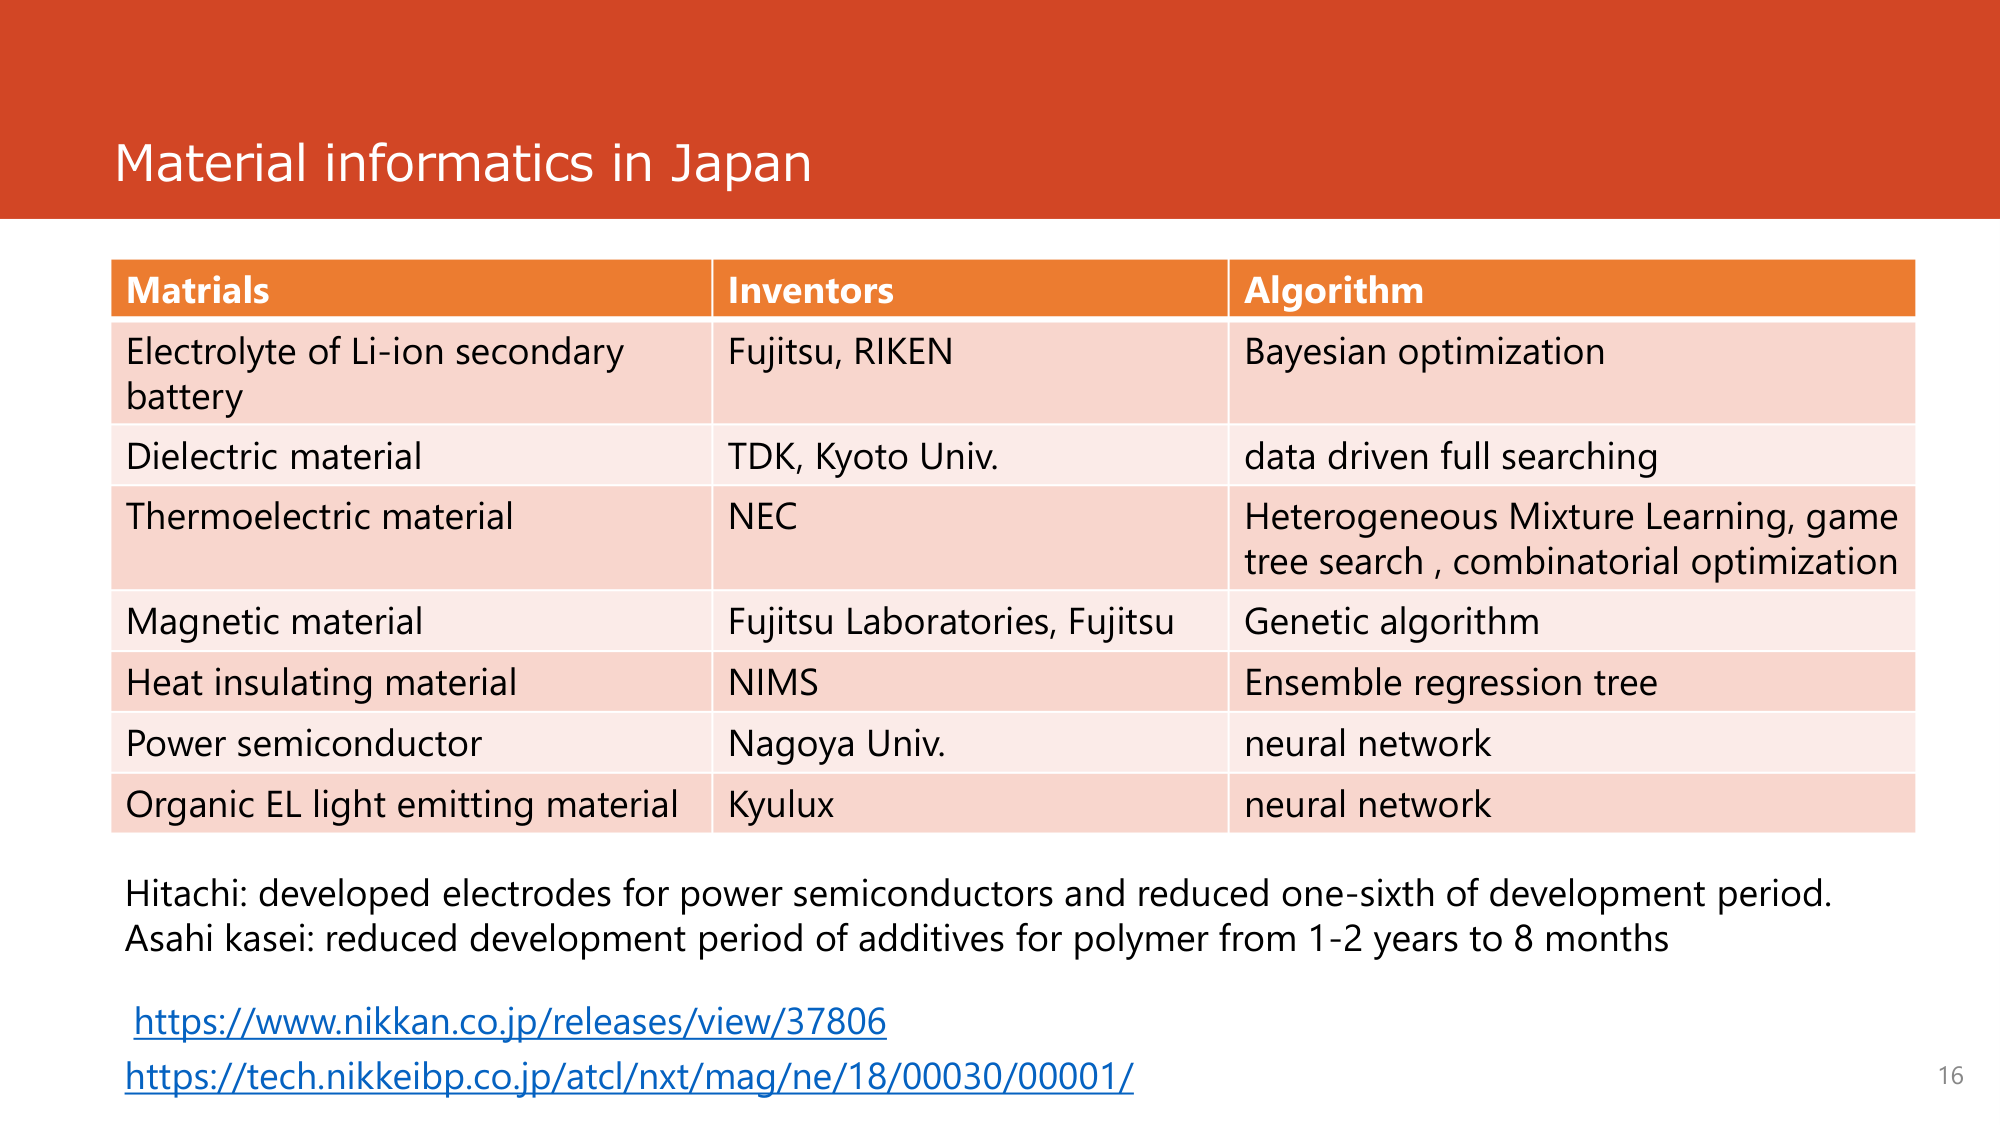
Material informatics in Japan

Materials                      Inventors                     Algorithm
Electrolyte of Li-ion secondary battery   Fujitsu, RIKEN             Bayesian optimization
Dielectric material           TDK, Kyoto Univ.             data driven full searching
Thermoelectric material       NEC                        Heterogeneous Mixture Learning, game tree search, combinatorial optimization
Magnetic material             Fujitsu Laboratories, Fujitsu  Genetic algorithm
Heat insulating material      NIMS                       Ensemble regression tree
Power semiconductor           Nagoya Univ.               neural network
Organic EL light emitting material  Kyulux                   neural network

Hitachi: developed electrodes for power semiconductors and reduced one-sixth of development period.
Asahi kasei: reduced development period of additives for polymer from 1-2 years to 8 months

https://www.nikkan.co.jp/releases/view/37806
https://tech.nikkeibp.co.jp/atcl/nxt/mag/ne/18/00030/00001/

16